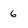
Character: 6